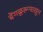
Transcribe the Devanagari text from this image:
बेंगळूरूपासून